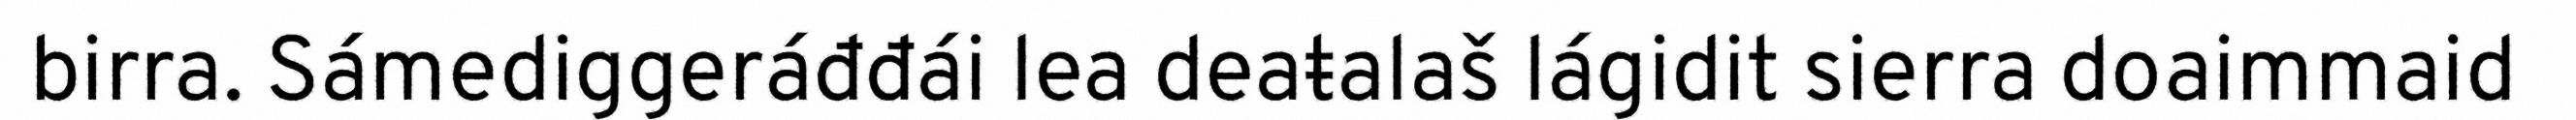
birra. Sámediggeráđđái lea deaŧalaš lágidit sierra doaimmaid